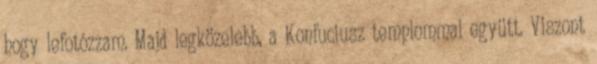
hogy lefotózzam. Majd legközelebb, a Konfuciusz templommal együtt. Viszont